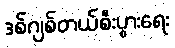
ဒစ်ဂျစ်တယ်စီးပွားရေး